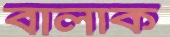
বালাক